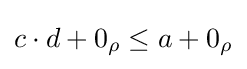
{\textstyle c\cdot d+0_{\rho }\leq a+0_{\rho }}